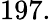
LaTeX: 197.